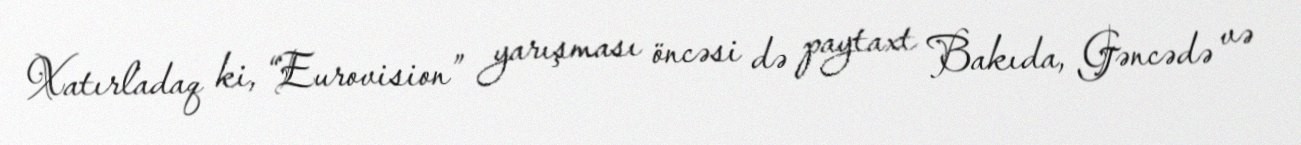
Xatırladaq ki, “Eurovision” yarışması öncəsi də paytaxt Bakıda, Gəncədə və